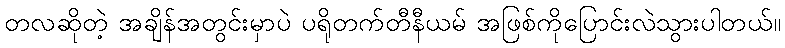
တလဆိုတဲ့ အချိန်အတွင်းမှာပဲ ပရိုတက်တီနီယမ် အဖြစ်ကိုပြောင်းလဲသွားပါတယ်။